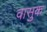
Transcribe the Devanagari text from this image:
वासुक